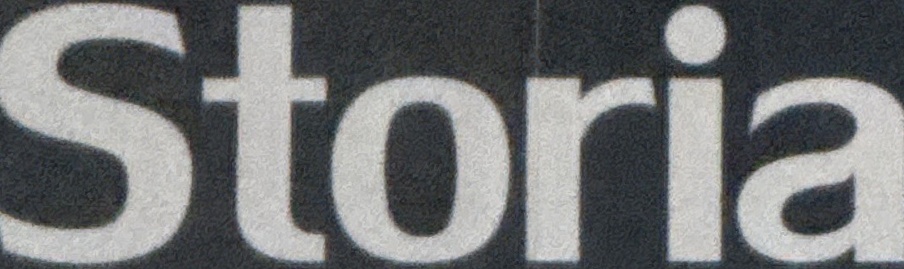
Storia